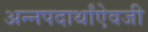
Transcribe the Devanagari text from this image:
अन्नपदार्थांऐवजी